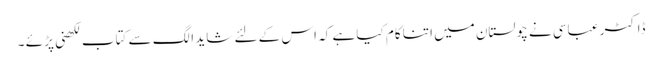
ڈاکٹر عباسی نے چولستان میں اتنا کام کیا ہے کہ اس کے لئے شاید الگ سے کتاب لکھنی پڑ ئے ۔